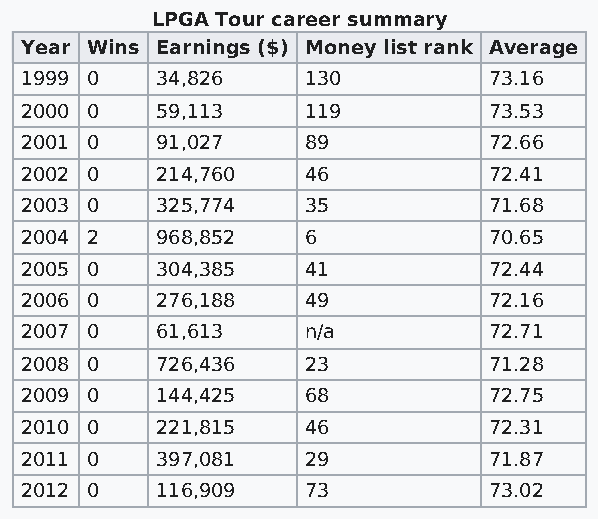
LPGA Tour career summary
 Year Wins Earnings ($) Money list rank Average
 1999 0   34,826    130         73.16
 2000 0   59,113    119         73.53
 2001 0   91,027    89          72.66
 2002 0   214,760   46          72.41
 2003 0   325,774   35          71.68
 2004 2   968,852   6           70.65
 2005 0   304,385   41          72.44
 2006 0   276,188   49          72.16
 2007 0   61,613    n/a         72.71
 2008 0   726,436   23          71.28
 2009 0   144,425   68          72.75
 2010 0   221,815   46          72.31
 2011 0   397,081   29          71.87
 2012 0   116,909   73          73.02